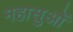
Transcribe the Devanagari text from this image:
महासुओं